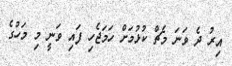
އިރު ދެ ވަނަ މެޗް ކުޅުމަށް ހަމަޖެހި ފައި ވަނީ މި މަހުގެ